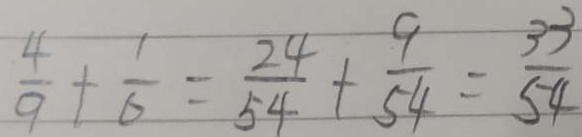
\frac { 4 } { 9 } + \frac { 1 } { 6 } = \frac { 2 4 } { 5 4 } + \frac { 9 } { 5 4 } = \frac { 3 3 } { 5 4 }